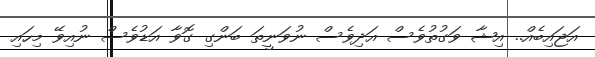
އަޖައިބެއް.. އިޝާ ވަގުތުވެސް އަދިވެސް ނުވަނީތަ ބަންގި ގޮވާ އަޑުވެސް ނުއިވޭ މިހައި